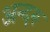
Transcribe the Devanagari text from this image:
अन्दरू